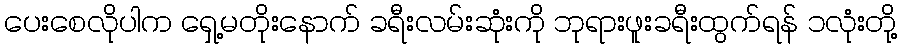
ပေးစေလိုပါက ရှေ့မတိုးနောက် ခရီးလမ်းဆုံးကို ဘုရားဖူးခရီးထွက်ရန် ၁လုံးတို့